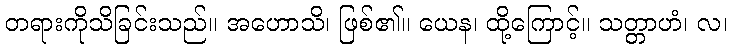
တရားကိုသိခြင်းသည်။ အဟောသိ၊ ဖြစ်၏။ ယေန၊ ထို့ကြောင့်။ သတ္တာဟံ၊ လ၊